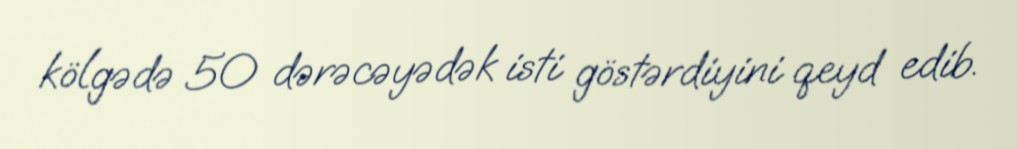
kölgədə 50 dərəcəyədək isti göstərdiyini qeyd edib.